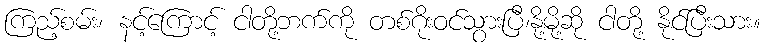
ကြည့်စမ်း၊ နင့်ကြောင့် ငါတို့ဘက်ကို တစ်ဂိုးဝင်သွားပြီ၊နို့မို့ဆို ငါတို့ နိုင်ပြီးသား။